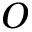
O